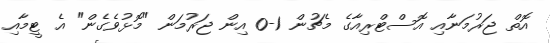
އޮތް ޖަރުމަނާއި އޮސްޓްރިއާގެ މެޗުން 1-0 އިން ޖަރުމަން "މޮޅުވެގެން" އެ ޓީމާއި